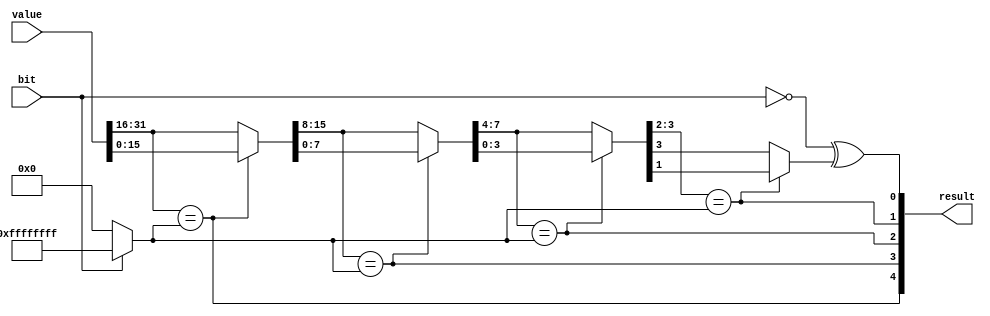
`timescale 1ns / 1ps

module Cl(
    input [31:0]value,
    input bit,
    output [4:0]result
);

//  http://stackoverflow.com/a/2376530
assign result[4] = value[31:16] == (bit ? -1 : 0);
wire [15:0]v16;
assign v16 = result[4] ? value[15:0] : value[31:16];

assign result[3] = v16[15:8] == (bit ? -1 : 0);
wire [7:0]v8;
assign v8 = result[3] ? v16[7:0] : v16[15:8];

assign result[2] = v8[7:4] == (bit ? -1 : 0);
wire [3:0]v4;
assign v4 = result[2] ? v8[3:0] : v8[7:4];

assign result[1] = v4[3:2] == (bit ? -1 : 0);

assign result[0] = ~bit ^ (result[1] ? v4[1] : v4[3]);

endmodule